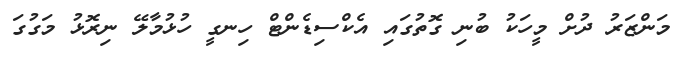
މަންޒަރު ދުށް މީހަކު ބުނި ގޮތުގައި އެކްސިޑެންޓް ހިނގީ ހުޅުމާލޭ ނިރޮޅު މަގުގަ